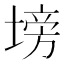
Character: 塝